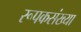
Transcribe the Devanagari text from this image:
रूपकसंख्या